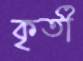
কৃর্তী